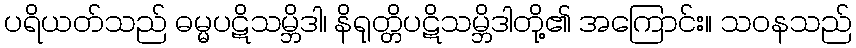
ပရိယတ်သည် ဓမ္မပဋိသမ္ဘိဒါ၊ နိရုတ္တိပဋိသမ္ဘိဒါတို့၏ အကြောင်း။ သဝနသည်